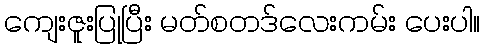
ကျေးဇူးပြုပြီး မတ်စတဒ်လေးကမ်း ပေးပါ။